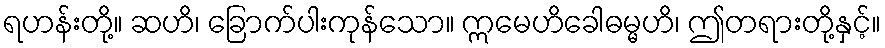
ရဟန်းတို့။ ဆဟိ၊ ခြောက်ပါးကုန်သော။ ဣမေဟိခေါဓမ္မဟိ၊ ဤတရားတို့နှင့်။